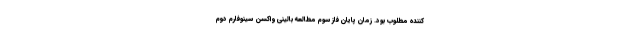
کننده مطلوب بود. زمان پایان فاز سوم مطالعه بالینی واکسن سینوفارم دوم